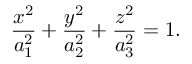
\frac { x ^ { 2 } } { a _ { 1 } ^ { 2 } } + \frac { y ^ { 2 } } { a _ { 2 } ^ { 2 } } + \frac { z ^ { 2 } } { a _ { 3 } ^ { 2 } } = 1 .